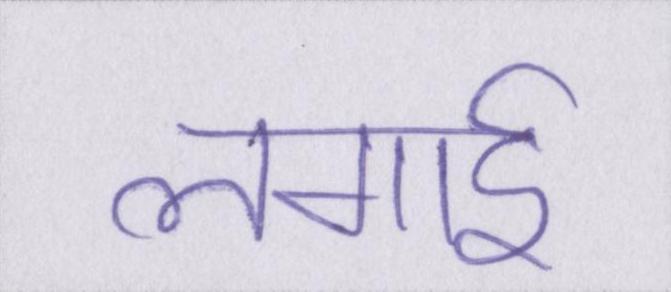
लगाई